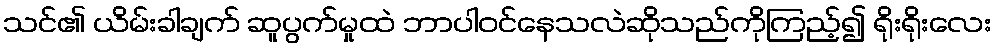
သင်၏ ယိမ်းခါချက် ဆူပွက်မှုထဲ ဘာပါဝင်နေသလဲဆိုသည်ကိုကြည့်၍ ရိုးရိုးလေး